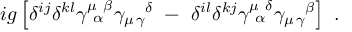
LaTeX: i g \left[ \delta ^ { i j } \delta ^ { k l } \gamma _ { ~ \alpha } ^ { \mu ~ \beta } \gamma _ { \mu \, \gamma } ^ { ~ ~ ~ \delta } ~ - ~ \delta ^ { i l } \delta ^ { k j } \gamma _ { ~ \alpha } ^ { \mu ~ \delta } \gamma _ { \mu \, \gamma } ^ { ~ ~ ~ \beta } \right] ~ .